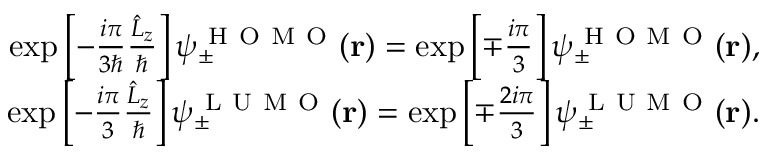
\begin{array} { r } { \exp \left[ - \frac { i \pi } { 3 \hbar } \frac { \hat { L } _ { z } } { \hbar } \right] \psi _ { \pm } ^ { \mathrm { ~ H ~ O ~ M ~ O ~ } } ( \mathbf { r } ) = \exp \left[ \mp \frac { i \pi } { 3 } \right] \psi _ { \pm } ^ { \mathrm { ~ H ~ O ~ M ~ O ~ } } ( \mathbf { r } ) , } \\ { \exp \left[ - \frac { i \pi } { 3 } \frac { \hat { L } _ { z } } { \hbar } \right] \psi _ { \pm } ^ { \mathrm { ~ L ~ U ~ M ~ O ~ } } ( \mathbf { r } ) = \exp \left[ \mp \frac { 2 i \pi } { 3 } \right] \psi _ { \pm } ^ { \mathrm { ~ L ~ U ~ M ~ O ~ } } ( \mathbf { r } ) . } \end{array}